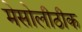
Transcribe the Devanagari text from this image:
मेसोलीठीक